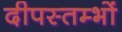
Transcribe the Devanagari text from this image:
दीपस्तम्भों